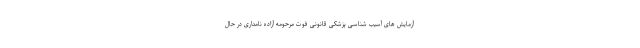
آزمایش های آسیب شناسی پزشکی قانونی فوت مرحومه آزاده نامداری در حال